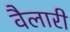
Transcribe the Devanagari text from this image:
वैलारी